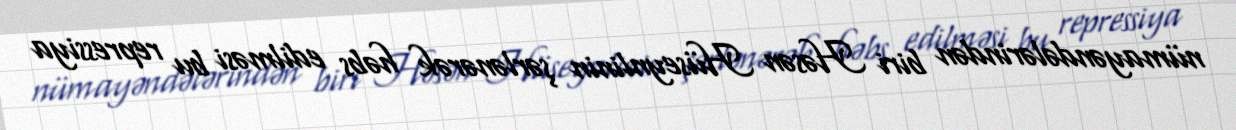
nümayəndələrindən biri Həsən Hüseynlinin şərlənərək həbs edilməsi bu repressiya